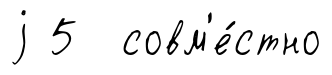
j 5 совм'е́стно